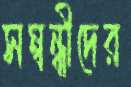
সম্বন্ধীদের